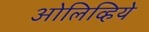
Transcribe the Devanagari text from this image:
ओलिव्हिये